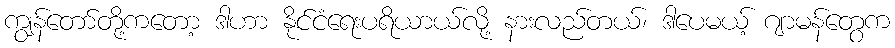
ကျွန်တော်တို့ကတော့ ဒါဟာ နိုင်ငံရေးပရိယာယ်လို့ နားလည်တယ်၊ ဒါပေမယ့် ဂျာမန်တွေက